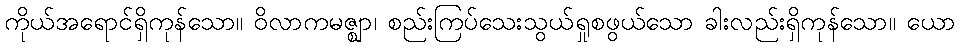
ကိုယ်အရောင်ရှိကုန်သော။ ဝိလာကမဇ္ဈာ၊ စည်းကြပ်သေးသွယ်ရှုစဖွယ်သော ခါးလည်းရှိကုန်သော။ ယော